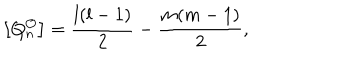
\left[ Q _ { n } ^ { \mathcal { O } } \right] = \frac { l ( l - 1 ) } { 2 } - \frac { m ( m - 1 ) } { 2 } ,